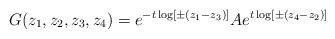
LaTeX: \begin{align*}G(z_1, z_2, z_3, z_4)=e^{-t\log [\pm (z_1-z_3)]}Ae^{t\log [\pm (z_4-z_2)]}\end{align*}